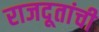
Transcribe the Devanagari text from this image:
राजदूतांची